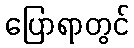
ပြောရာတွင်